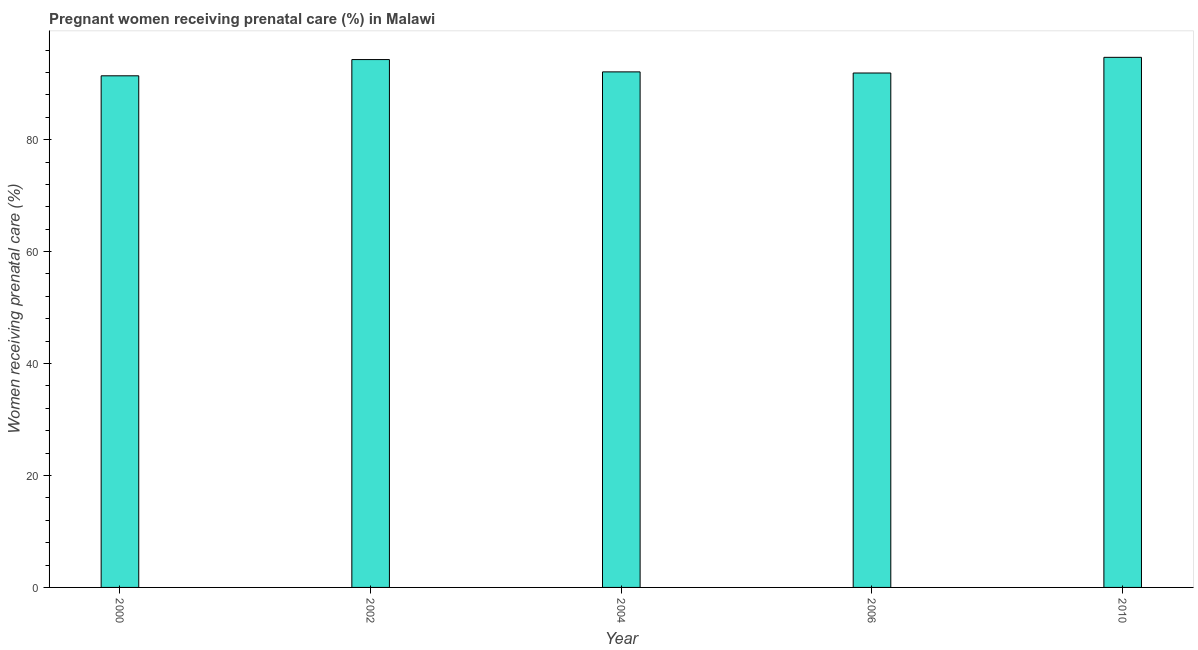
| Year | Pregnant women receiving prenatal care |
 | --- | --- |
 | 2000 | 91.4 |
 | 2002 | 94.3 |
 | 2004 | 92.1 |
 | 2006 | 91.9 |
 | 2010 | 94.7 |